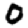
Digit: 0